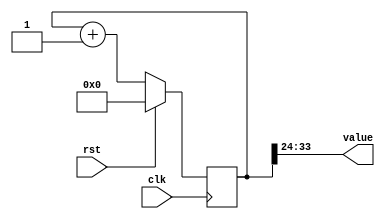
/*
   This file was generated automatically by Alchitry Labs version 1.2.7.
   Do not edit this file directly. Instead edit the original Lucid source.
   This is a temporary file and any changes made to it will be destroyed.
*/

/*
   Parameters:
     SIZE = 10
     DIV = 24
     TOP = 0
     UP = 1
*/
module counter_14 (
    input clk,
    input rst,
    output reg [9:0] value
  );
  
  localparam SIZE = 4'ha;
  localparam DIV = 5'h18;
  localparam TOP = 1'h0;
  localparam UP = 1'h1;
  
  
  reg [33:0] M_ctr_d, M_ctr_q = 1'h0;
  
  localparam MAX_VALUE = 25'h0ffffff;
  
  always @* begin
    M_ctr_d = M_ctr_q;
    
    value = M_ctr_q[24+9-:10];
    if (1'h1) begin
      M_ctr_d = M_ctr_q + 1'h1;
      if (1'h0 && M_ctr_q == 25'h0ffffff) begin
        M_ctr_d = 1'h0;
      end
    end else begin
      M_ctr_d = M_ctr_q - 1'h1;
      if (1'h0 && M_ctr_q == 1'h0) begin
        M_ctr_d = 25'h0ffffff;
      end
    end
  end
  
  always @(posedge clk) begin
    if (rst == 1'b1) begin
      M_ctr_q <= 1'h0;
    end else begin
      M_ctr_q <= M_ctr_d;
    end
  end
  
endmodule